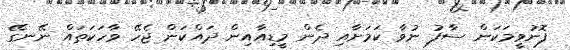
ފޮނުވީމަކަން ސާފު ނުވާ ކަމަށާއި ދެން މީޑިއާއިން ދައްކަން ޖެހޭ ވާހަކަތައް ނޭނގޭ